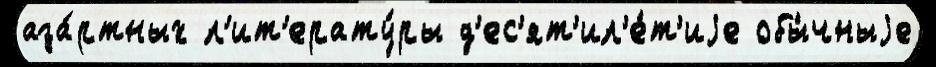
аза́ртных л'ит'ерату́ры д'ес'ят'ил'е́т'иjе обы́чныjе